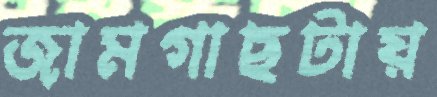
জামগাছটায়